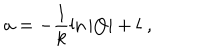
a = - \frac { 1 } { k } \ln | Q | + l \; ,